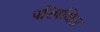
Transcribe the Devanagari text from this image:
परिपथित